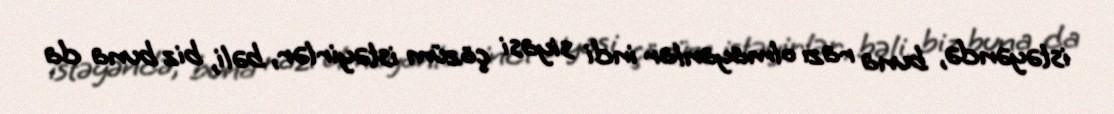
istəyəndə, buna razı olmayanlar indi siyasi çözüm istəyirlər, bəli, biz buna da